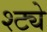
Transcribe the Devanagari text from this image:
श्ट्ये